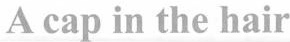
A cap in the hair